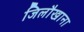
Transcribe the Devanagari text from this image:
जिलौखाना